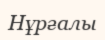
Нұрғалы